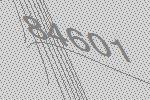
84601